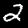
Label: 2